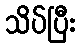
သိပ်ပြီး